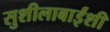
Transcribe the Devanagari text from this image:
सुशीलाबाईंशी